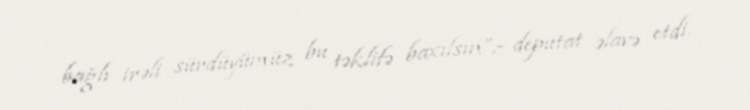
bağlı irəli sürdüyümüz bu təklifə baxılsın”,- deputat əlavə etdi.